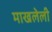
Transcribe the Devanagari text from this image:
माखलेली